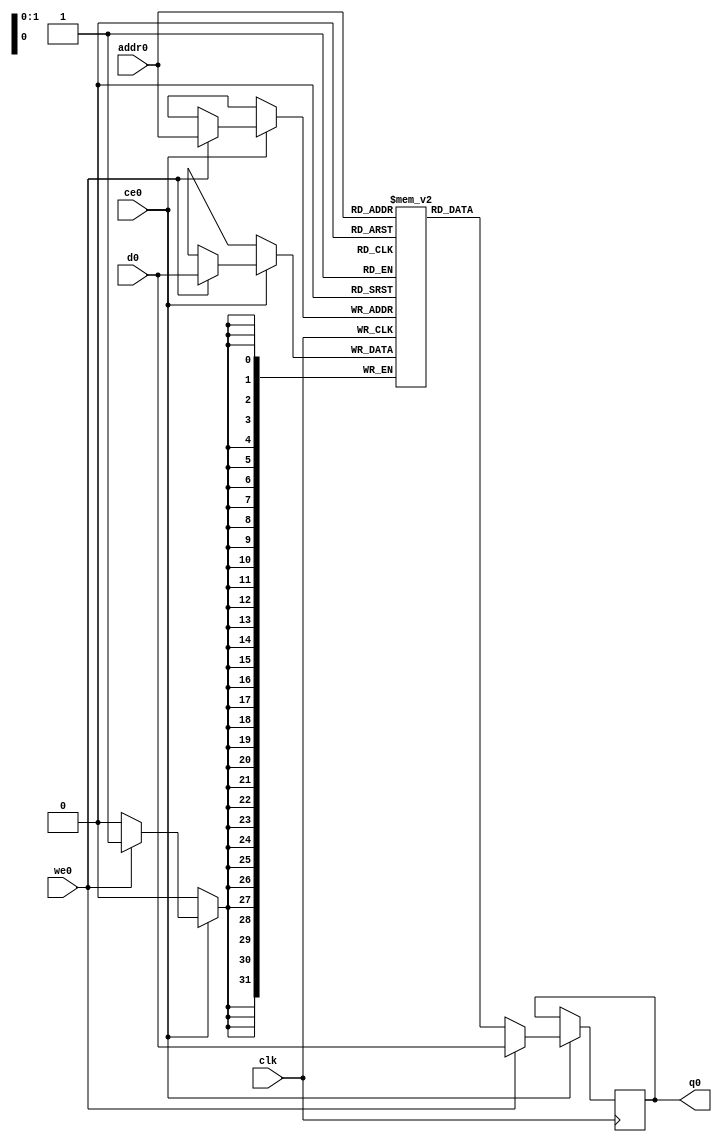
// ==============================================================
// File generated by Vivado(TM) HLS - High-Level Synthesis from C, C++ and SystemC
// Version: 2017.4
// Copyright (C) 1986-2017 Xilinx, Inc. All Rights Reserved.
// 
// ==============================================================

`timescale 1 ns / 1 ps
module lpf_begin_lpf_tb_dEe_ram (addr0, ce0, d0, we0, q0,  clk);

parameter DWIDTH = 32;
parameter AWIDTH = 2;
parameter MEM_SIZE = 3;

input[AWIDTH-1:0] addr0;
input ce0;
input[DWIDTH-1:0] d0;
input we0;
output reg[DWIDTH-1:0] q0;
input clk;

(* ram_style = "distributed" *)reg [DWIDTH-1:0] ram[0:MEM_SIZE-1];




always @(posedge clk)  
begin 
    if (ce0) 
    begin
        if (we0) 
        begin 
            ram[addr0] <= d0; 
            q0 <= d0;
        end 
        else 
            q0 <= ram[addr0];
    end
end


endmodule


`timescale 1 ns / 1 ps
module lpf_begin_lpf_tb_dEe(
    reset,
    clk,
    address0,
    ce0,
    we0,
    d0,
    q0);

parameter DataWidth = 32'd32;
parameter AddressRange = 32'd3;
parameter AddressWidth = 32'd2;
input reset;
input clk;
input[AddressWidth - 1:0] address0;
input ce0;
input we0;
input[DataWidth - 1:0] d0;
output[DataWidth - 1:0] q0;



lpf_begin_lpf_tb_dEe_ram lpf_begin_lpf_tb_dEe_ram_U(
    .clk( clk ),
    .addr0( address0 ),
    .ce0( ce0 ),
    .d0( d0 ),
    .we0( we0 ),
    .q0( q0 ));

endmodule